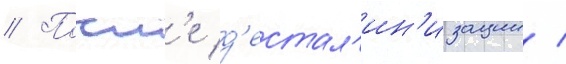
// Посл'е д'естал'ин'изации /